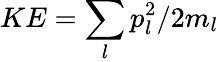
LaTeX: KE=\sum_{l}p_{l}^{2}/2m_{l}